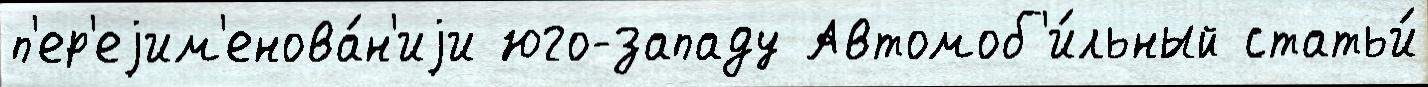
п'ер'еjим'енова́н'иjи юго-западу Автомоб'и́льный статьи́